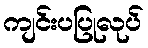
ကျင်းပပြုလုပ်